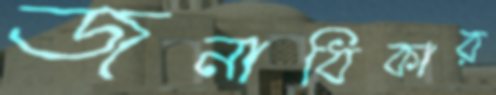
জনাধিকার